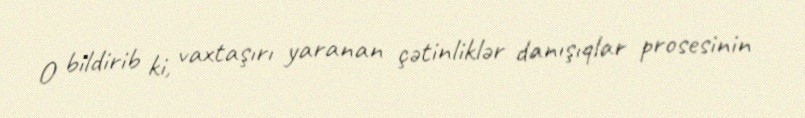
O bildirib ki, vaxtaşırı yaranan çətinliklər danışıqlar prosesinin